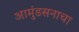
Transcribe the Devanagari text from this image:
आमुंडसनाचा